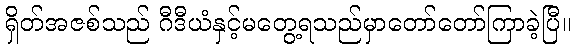
ရှိတ်အဇစ်သည် ဂီဒီယံနှင့်မတွေ့ရသည်မှာတော်တော်ကြာခဲ့ပြီ။